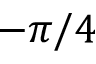
- \pi / 4